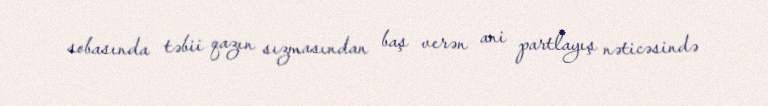
sobasında təbii qazın sızmasından baş verən ani partlayış nəticəsində